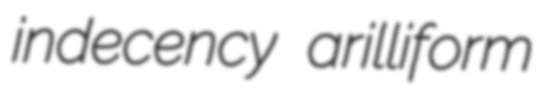
indecency arilliform